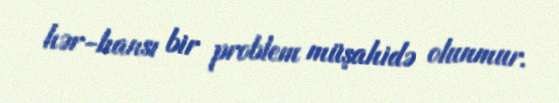
hər-hansı bir problem müşahidə olunmur.